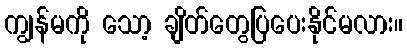
ကျွန်မကို သော့ ချိတ်တွေပြပေးနိုင်မလား။